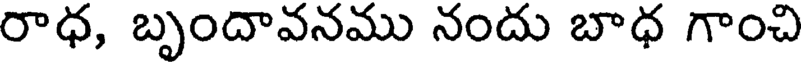
రాధ, బృందావనము నందు బాధ గాంచి